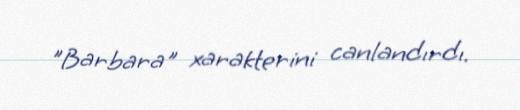
"Barbara" xarakterini canlandırdı.